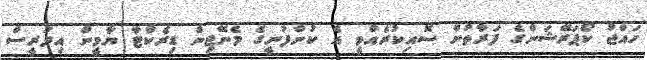
ހައްޖު ކޯޕަރޭޝަންގެ ފަރާތުން ސޮއިކުރެއްވީ އެ ކުންފުނީގެ މެނޭޖިން ޑިރެކްޓާ ޔާމީން އިދުރީސް